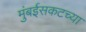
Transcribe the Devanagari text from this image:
मुंबईसकटच्या